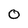
Character: 0